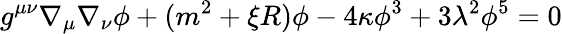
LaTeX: g^{\mu\nu}\nabla_{\mu}\nabla_{\nu}\phi+(m^{2}+\xi R)\phi-4\kappa\phi^{3}+3\lambda^{2}\phi^{5}=0